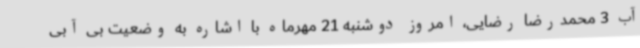
آب 3 محمدرضا رضایی، امروز دوشنبه 21 مهرماه با اشاره به وضعیت بی آبی